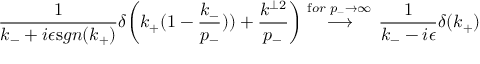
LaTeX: \frac { 1 } { k _ { - } + i \epsilon { \textrm s g n ( k _ { + } ) } } \delta \bigg ( k _ { + } ( 1 - \frac { k _ { - } } { p _ { - } } ) ) + \frac { k ^ { \perp 2 } } { p _ { - } } \bigg ) \stackrel { { \textrm f o r } \, \, p _ { - } \to \infty \, } { \longrightarrow } \frac { 1 } { k _ { - } - i \epsilon } \delta ( k _ { + } ) \;